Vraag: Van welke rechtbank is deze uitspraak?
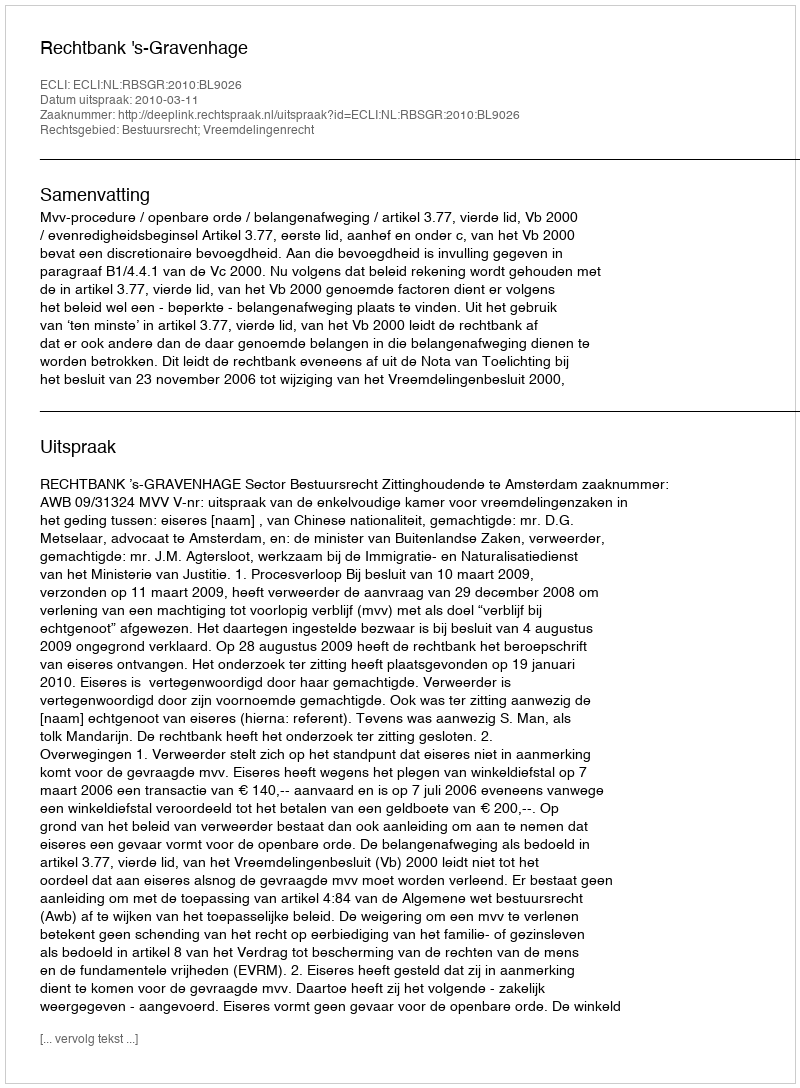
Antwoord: Rechtbank 's-Gravenhage